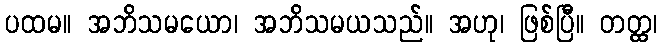
ပထမ။ အဘိသမယော၊ အဘိသမယသည်။ အဟု၊ ဖြစ်ပြီ။ တတ္ထ၊